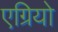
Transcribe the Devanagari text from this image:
एग्रियो